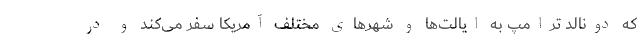
که دونالد ترامپ به ایالت‌ها و شهر‌های مختلف آمریکا سفر می‌کند و در